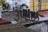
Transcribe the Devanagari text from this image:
उण्डक